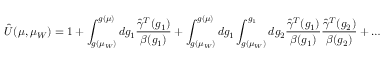
\hat { U } ( \mu , \mu _ { W } ) = 1 + \int _ { g ( \mu _ { W } ) } ^ { g ( \mu ) } d g _ { 1 } { \frac { \hat { \gamma } ^ { T } ( g _ { 1 } ) } { \beta ( g _ { 1 } ) } } + \int _ { g ( \mu _ { W } ) } ^ { g ( \mu ) } d g _ { 1 } \int _ { g ( \mu _ { W } ) } ^ { g _ { 1 } } d g _ { 2 } { \frac { \hat { \gamma } ^ { T } ( g _ { 1 } ) } { \beta ( g _ { 1 } ) } } { \frac { \hat { \gamma } ^ { T } ( g _ { 2 } ) } { \beta ( g _ { 2 } ) } } + \ldots